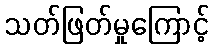
သတ်ဖြတ်မှုကြောင့်